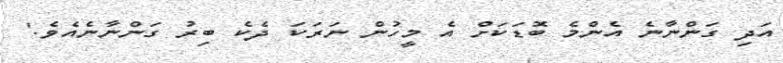
އަދި ގަންނާނެ އެންމެ ބޮޑަކަށް އެ މީހުން ނަރަކަ ދެކެ ބިރު ގަންނާނެއެވެ.'